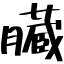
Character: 臓